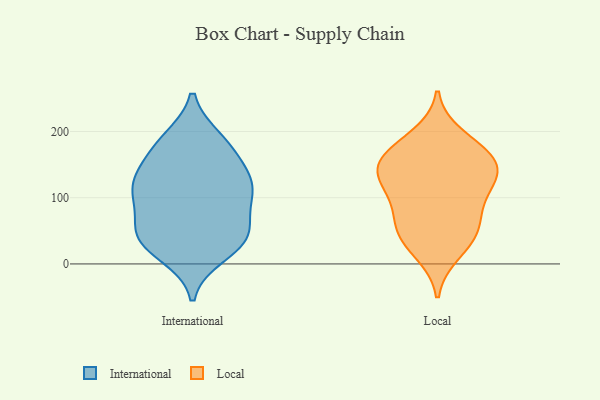
{"axis": {"x": "Market Share (%)", "y": "Value"}, "legend": ["International", "Local"], "data": [{"x": "", "y": 37, "type": "International"}, {"x": "", "y": 181, "type": "International"}, {"x": "", "y": 114, "type": "International"}, {"x": "", "y": 114, "type": "International"}, {"x": "", "y": 102, "type": "International"}, {"x": "", "y": 122, "type": "International"}, {"x": "", "y": 40, "type": "International"}, {"x": "", "y": 171, "type": "International"}, {"x": "", "y": 51, "type": "International"}, {"x": "", "y": 187, "type": "International"}, {"x": "", "y": 35, "type": "International"}, {"x": "", "y": 15, "type": "International"}, {"x": "", "y": 143, "type": "International"}, {"x": "", "y": 56, "type": "International"}, {"x": "", "y": 108, "type": "International"}, {"x": "", "y": 156, "type": "Local"}, {"x": "", "y": 69, "type": "Local"}, {"x": "", "y": 92, "type": "Local"}, {"x": "", "y": 119, "type": "Local"}, {"x": "", "y": 193, "type": "Local"}, {"x": "", "y": 17, "type": "Local"}, {"x": "", "y": 61, "type": "Local"}, {"x": "", "y": 40, "type": "Local"}, {"x": "", "y": 153, "type": "Local"}, {"x": "", "y": 174, "type": "Local"}, {"x": "", "y": 137, "type": "Local"}, {"x": "", "y": 116, "type": "Local"}, {"x": "", "y": 41, "type": "Local"}, {"x": "", "y": 135, "type": "Local"}, {"x": "", "y": 161, "type": "Local"}]}